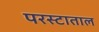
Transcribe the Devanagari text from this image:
परस्टाताल